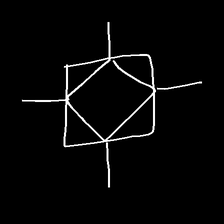
Glyph: light